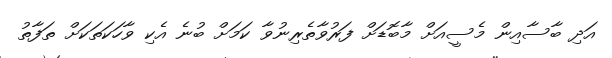
އަދި ބާސާއިން މެސީއަށް މާބޮޑަށް ފަރުވާތެރިނުވާ ކަމަށް ބުނެ އެކި ވާހަކަތަކަށް ތަފާތު